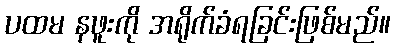
ပထမ နဖူးကို အရိုက်ခံရခြင်းဖြစ်မည်။